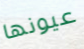
عيونها